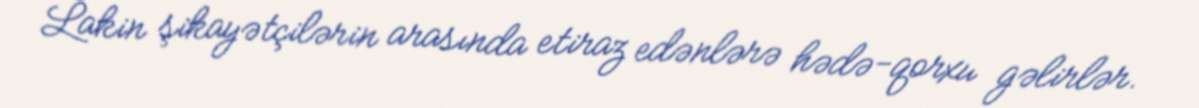
Lakin şikayətçilərin arasında etiraz edənlərə hədə-qorxu gəlirlər.